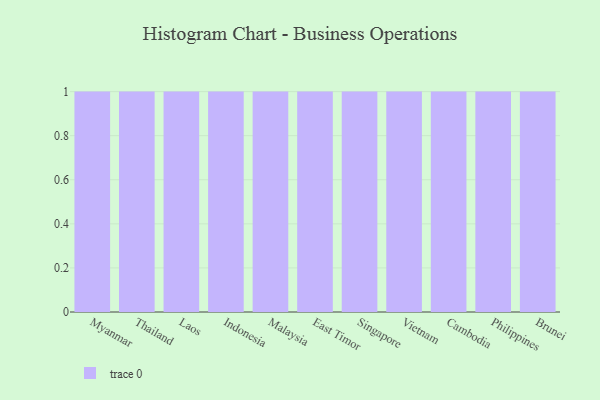
{"axis": {"x": "Country", "y": "Population (Million)"}, "legend": [""], "data": [{"x": "Myanmar", "y": 81, "type": ""}, {"x": "Thailand", "y": 54, "type": ""}, {"x": "Laos", "y": 58, "type": ""}, {"x": "Indonesia", "y": 88, "type": ""}, {"x": "Malaysia", "y": 80, "type": ""}, {"x": "East Timor", "y": 28, "type": ""}, {"x": "Singapore", "y": 93, "type": ""}, {"x": "Vietnam", "y": 80, "type": ""}, {"x": "Cambodia", "y": 16, "type": ""}, {"x": "Philippines", "y": 44, "type": ""}, {"x": "Brunei", "y": 57, "type": ""}]}